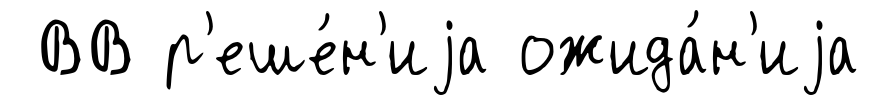
ВВ р'еше́н'иjа ожида́н'иjа